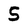
Character: 5